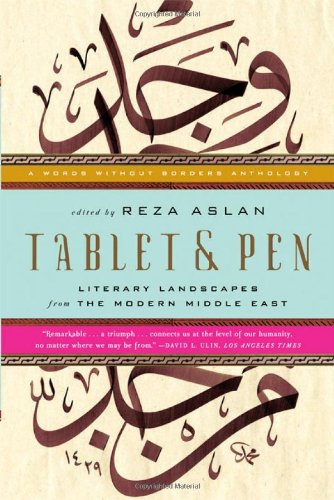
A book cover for Tablet & Pen: Literary Landscapes from the Modern Middle East (Words Without Borders); Literature & Fiction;